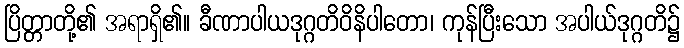
ပြိတ္တာတို့၏ အရာရှိ၏။ ခီဏာပါယဒုဂ္ဂတိဝိနိပါတော၊ ကုန်ပြီးသော အပါယ်ဒုဂ္ဂတိ၌